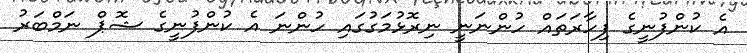
އެ ކުންފުނީގެ ފިހާރަތައް ހުންނަނީ ނިރޮޅުމަގުގައި ހުންނަ އެ ކުންފުނީގެ ޝޮޕް ނަމްބަރު